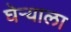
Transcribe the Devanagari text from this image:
घेऱ्याला